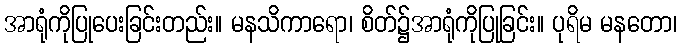
အာရုံကိုပြုပေးခြင်းတည်း။ မနသိကာရော၊ စိတ်၌အာရုံကိုပြုခြင်း။ ပုရိမ မနတော၊